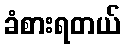
ခံစားရတယ်